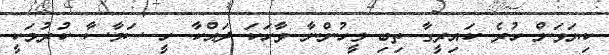
ކިޔަވަން ހުރެ ކައިރީގާ ތިބި މީހުންނާ ވާހަކަ ދައްކާ ހީ ސަމާސާ ކުރުމަކީ